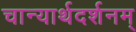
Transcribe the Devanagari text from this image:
चान्यार्थदर्शनम्